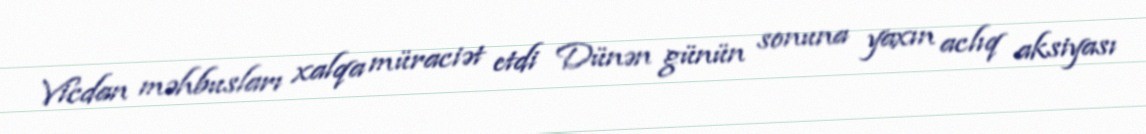
Vicdan məhbusları xalqa müraciət etdi Dünən günün sonuna yaxın aclıq aksiyası